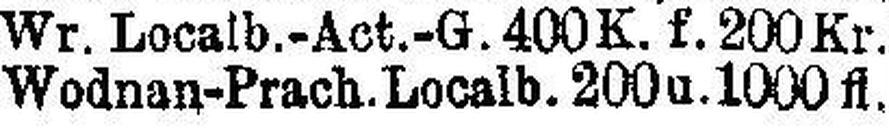
4% Wodnan-Prach. Localb. 200 u. 1000 fl.